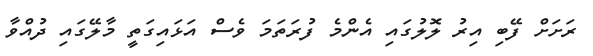
ރަށަށް ފޭބި އިރު ލޮލުގައި އެންމެ ފުރަތަމަ ވެސް އަޅައިގަތީ މާލޭގައި ދުއްވާ